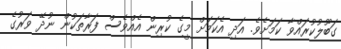
ގަބޫލުކުރައްވާ ކަމަށެވެ. އަދި އެކަމަށް މީގެ ކުރިން އެއްވެސް ފަރާތަކުން ނުދޭ ވަރުގެ